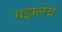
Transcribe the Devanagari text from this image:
गझलेचे